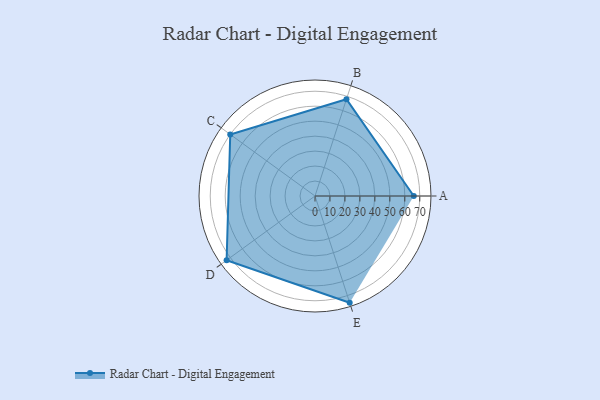
{"axis": {"x": "Skill", "y": "Score"}, "legend": ["Profile"], "data": [{"x": "A", "y": 66.0, "type": "Profile"}, {"x": "B", "y": 68.0, "type": "Profile"}, {"x": "C", "y": 70.0, "type": "Profile"}, {"x": "D", "y": 73.0, "type": "Profile"}, {"x": "E", "y": 75.0, "type": "Profile"}]}